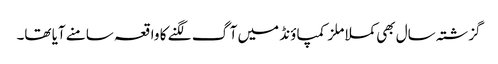
گزشتہ سال بھی کملا ملز کمپاؤنڈ میں آگ لگنے کا واقعہ سامنے آیا تھا۔